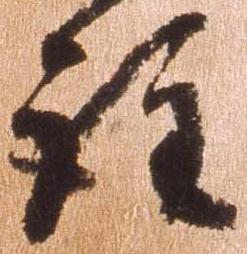
註